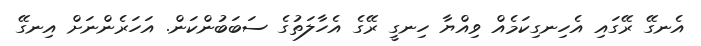
އެނގޭ ރޭގައި އެހިނގިކަމެއް ވިއްޔާ ހިނގީ ރޭގެ އެހާލަތުގެ ސަބަބުންކަން. އަހަރެންނަށް އިނގޭ